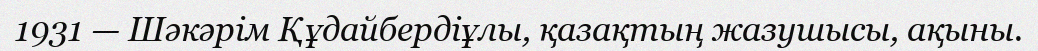
1931 — Шәкәрім Құдайбердіұлы, қазақтың жазушысы, ақыны.